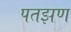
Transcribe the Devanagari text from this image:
पतझण